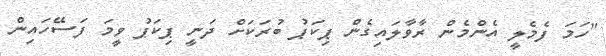
"ހަމަ ފެމެލީ އެންމެން ރާވާލައިގެން ޕިކަޕު ބުރަކަށް ދަނީ ޕިކަޕު ވީމަ ފަސޭހައިން